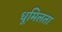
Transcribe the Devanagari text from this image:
धूमिलता